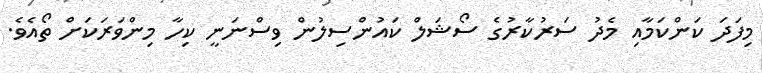
މިފަދަ ކަންކަމާއި މެދު ސަރުކާރުގެ ސޯޝަލް ކައުންސިލުން ވިސްނަނީ ކިހާ މިންވަރަކަށް ތޯއެވެ.